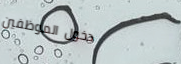
دخول الموظفين